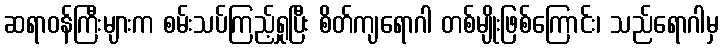
ဆရာဝန်ကြီးများက စမ်းသပ်ကြည့်ရှုပြီး စိတ်ကျရောဂါ တစ်မျိုးဖြစ်ကြောင်း၊ သည်ရောဂါမှ